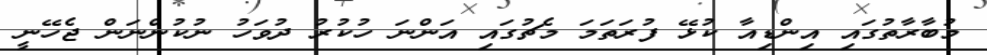
މުބާރާތުގައި އިންޑިއާ ކުޅޭ ފުރަތަމަ މެޗުގައި އަންނަ ހުކުރު ދުވަހު ނުކުންނަން ޖެހޭނީ